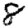
Digit: 8